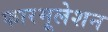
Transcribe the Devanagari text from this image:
फारमूलेशन